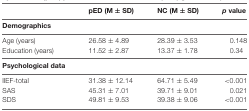
|  | pED (M ± SD) | NC (M ± SD) | p value |
 | --- | --- | --- | --- |
 | Demographics |  |  |  |
 | Age (years) | 26.58 ± 4.89 | 28.39 ± 3.53 | 0.148 |
 | Education (years) | 11.52 ± 2.87 | 13.37 ± 1.78 | 0.34 |
 | Psychological data |  |  |  |
 | IIEF-total | 31.38 ± 12.14 | 64.71 ± 5.49 | <0.001 |
 | SAS | 45.31 ± 7.01 | 39.71 ± 9.01 | 0.021 |
 | SDS | 49.81 ± 9.53 | 39.38 ± 9.06 | <0.001 |